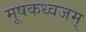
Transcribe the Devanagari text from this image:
मूषकध्वजम्